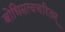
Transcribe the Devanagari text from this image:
बोधिसत्वचरितम्